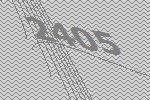
2405